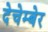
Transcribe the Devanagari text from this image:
देचेम्बेर